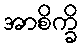
အာစိက္ခိ